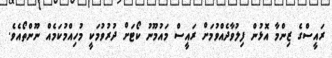
ރައީސްގެ ޒިންމާ އޮޅުން ފިލުވާދެއްވުމަށް ރައީސް މައުމޫނު ކޯޓަށް ދުރުވުމަކީ މުހިއްމުކަމެއް ނޫންތޯއެވެ.